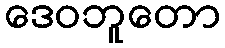
ဒေဝဘူတော